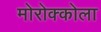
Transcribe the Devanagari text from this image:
मोरोक्कोला